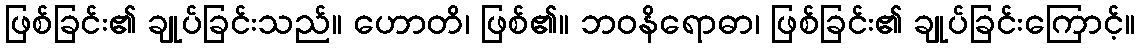
ဖြစ်ခြင်း၏ ချုပ်ခြင်းသည်။ ဟောတိ၊ ဖြစ်၏။ ဘဝနိရောဓာ၊ ဖြစ်ခြင်း၏ ချုပ်ခြင်းကြောင့်။